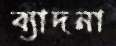
ব্যাদনা